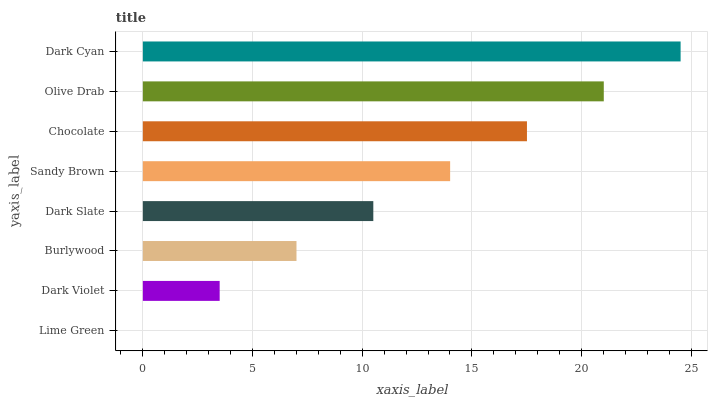
| yaxis_label | bars |
 | --- | --- |
 | Lime Green | 0 |
 | Dark Violet | 3.5 |
 | Burlywood | 7 |
 | Dark Slate | 10.5 |
 | Sandy Brown | 14 |
 | Chocolate | 17.5 |
 | Olive Drab | 21 |
 | Dark Cyan | 24.5 |